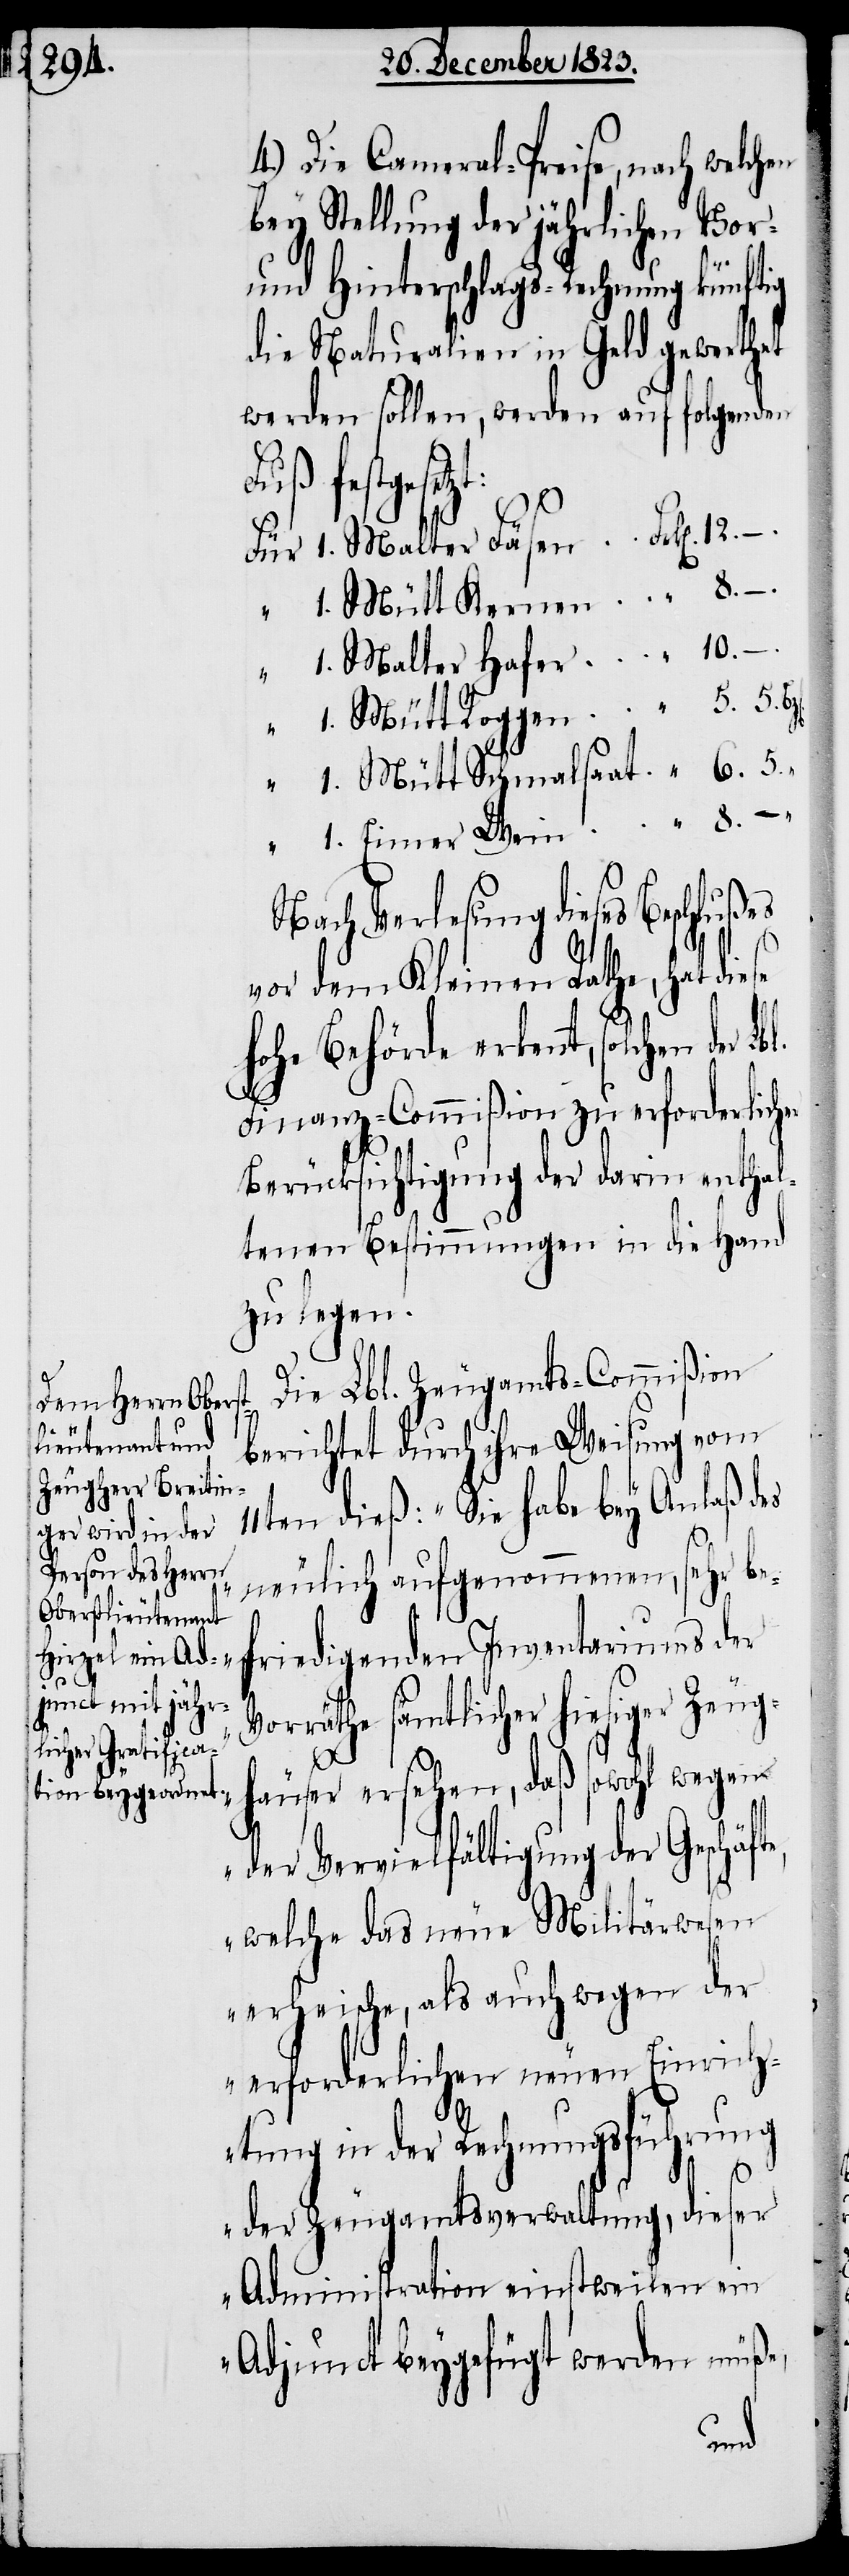
8.
6.

4.) Die Cameral-Preise, nach welchen
bey Stellung der jährlichen Vor-
und Hinterschlags-Rechnung künftig
die Naturalien in Geld gewerthet
werden sollen, werden auf folgenden
Fuß festges¬
Nach Verlesung dieses Beschlu¬
vor dem Kleinen Rathe, hat diese
hohe Behörde erkennt, solchen der
Finanz-Commißion zu erforderlicher
Berücksichtigung der darin enthal¬
tenen Bestimmungen in die Hand
zu legen.
Die Lbl. Zeugamts-Commißion
berichtet durch ihre Weisung vom
11ten dieß: „Sie habe bey Anlaß des
neulich aufgenommenen, sehr bef¬
riedigenden Inventariums der
Vorräthe sämtlicher hiesiger Zeug¬
te,
1.
äuser ersehen, daß sowohl wegen
der Vervielfältigung der Geschäf¬
welche das neue Militärwesen
erheische, als auch wegen der
erforderlichen neuen Einrich¬
tung in der Rechnungsführung
der Zeugamtsverwaltung, dieser
Administration einstweilen ein
Adjunct beygefügt werden müße,